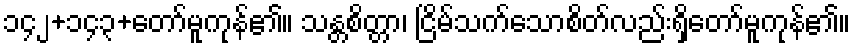
၁၄၂+၁၄၃+တော်မူကုန်၏။ သန္တစိတ္တာ၊ ငြိမ်သက်သောစိတ်လည်းရှိတော်မူကုန်၏။